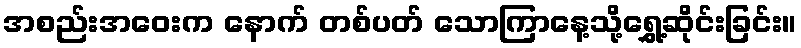
အစည်းအဝေးက နောက် တစ်ပတ် သောကြာနေ့သို့ရွှေ့ဆိုင်းခြင်း။